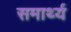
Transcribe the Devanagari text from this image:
समार्थ्य